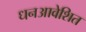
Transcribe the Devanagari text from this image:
धनआवेशित